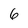
Character: 6